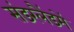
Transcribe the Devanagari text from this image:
संडरलैंडमें